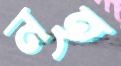
নহ